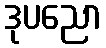
ဒုပညော